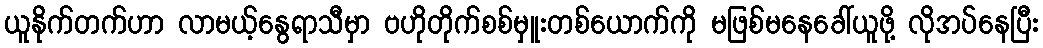
ယူနိုက်တက်ဟာ လာမယ့်နွေရာသီမှာ ဗဟိုတိုက်စစ်မှူးတစ်ယောက်ကို မဖြစ်မနေခေါ်ယူဖို့ လိုအပ်နေပြီး